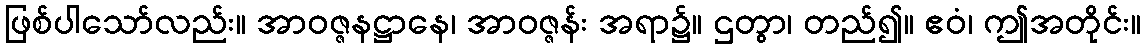
ဖြစ်ပါသော်လည်း။ အာဝဇ္ဇနဋ္ဌာနေ၊ အာဝဇ္ဇန်း အရာ၌။ ဌတွာ၊ တည်၍။ ဧဝံ၊ ဤအတိုင်း။